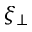
\xi _ { \perp }